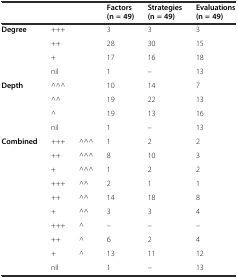
<table><thead><tr><td></td><td colspan="2"></td><td><b>Factors (n = 49)</b></td><td><b>Strategies (n = 49)</b></td><td><b>Evaluations (n = 49)</b></td></tr></thead><tbody><tr><td rowspan="4"><b>Degree</b></td><td colspan="2">+++</td><td>3</td><td>3</td><td>3</td></tr><tr><td colspan="2">++</td><td>28</td><td>30</td><td>15</td></tr><tr><td colspan="2">+</td><td>17</td><td>16</td><td>18</td></tr><tr><td colspan="2">nil</td><td>1</td><td>–</td><td>13</td></tr><tr><td rowspan="4"><b>Depth</b></td><td colspan="2">^^^</td><td>10</td><td>14</td><td>7</td></tr><tr><td colspan="2">^^</td><td>19</td><td>22</td><td>13</td></tr><tr><td colspan="2">^</td><td>19</td><td>13</td><td>16</td></tr><tr><td colspan="2">nil</td><td>1</td><td>–</td><td>13</td></tr><tr><td rowspan="10"><b>Combined</b></td><td>+++</td><td>^^^</td><td>1</td><td>2</td><td>2</td></tr><tr><td>++</td><td>^^^</td><td>8</td><td>10</td><td>3</td></tr><tr><td>+</td><td>^^^</td><td>1</td><td>2</td><td>2</td></tr><tr><td>+++</td><td>^^</td><td>2</td><td>1</td><td>1</td></tr><tr><td>++</td><td>^^</td><td>14</td><td>18</td><td>8</td></tr><tr><td>+</td><td>^^</td><td>3</td><td>3</td><td>4</td></tr><tr><td>+++</td><td>^</td><td>–</td><td>–</td><td>–</td></tr><tr><td>++</td><td>^</td><td>6</td><td>2</td><td>4</td></tr><tr><td>+</td><td>^</td><td>13</td><td>11</td><td>12</td></tr><tr><td colspan="2">nil</td><td>1</td><td>–</td><td>13</td></tr></tbody></table>